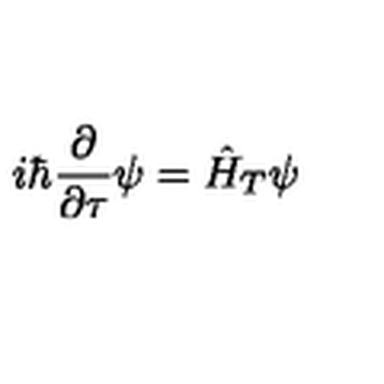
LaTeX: i \hbar \frac { \partial } { \partial \tau } \psi = \hat { H } _ { T } \psi